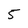
Character: 5